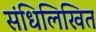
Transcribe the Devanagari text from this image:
संधिलिखित